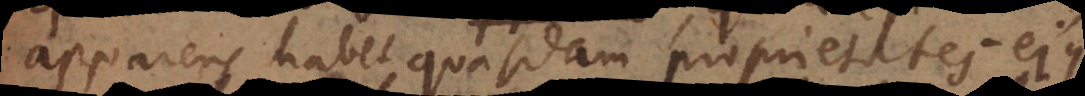
apparens habet quasdam proprietates ejus